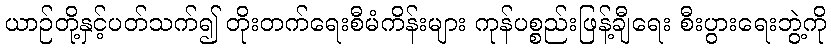
ယာဉ်တို့နှင့်ပတ်သက်၍ တိုးတက်ရေးစီမံကိန်းများ ကုန်ပစ္စည်းဖြန့်ချီရေး စီးပွားရေးဘွဲ့ကို